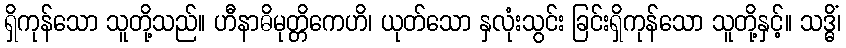
ရှိကုန်သော သူတို့သည်။ ဟီနာဓိမုတ္တိကေဟိ၊ ယုတ်သော နှလုံးသွင်း ခြင်းရှိကုန်သော သူတို့နှင့်။ သဒ္ဓိံ၊